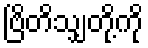
ဗြိတိသျှတို့ကို